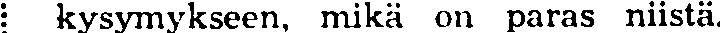
i kysymykseen, mikä on paras niistä.